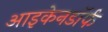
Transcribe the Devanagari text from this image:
आइकेनडॉर्फ